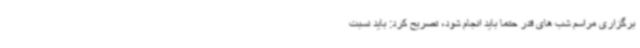
برگزاری مراسم شب های قدر حتما باید انجام شود، تصریح کرد: باید نسبت